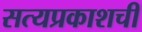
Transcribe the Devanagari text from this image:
सत्यप्रकाशची